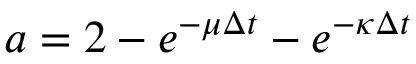
a = 2 - e ^ { - \mu \Delta t } - e ^ { - \kappa \Delta t }